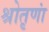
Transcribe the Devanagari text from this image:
श्रोतृणां